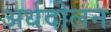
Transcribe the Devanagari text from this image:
अर्धदोलन